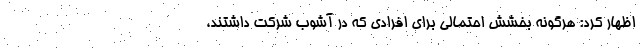
اظهار کرد: هرگونه بخشش احتمالی برای افرادی که در آشوب شرکت داشتند،